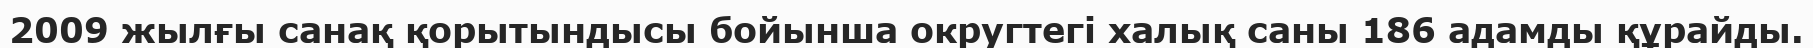
2009 жылғы санақ қорытындысы бойынша округтегі халық саны 186 адамды құрайды.